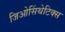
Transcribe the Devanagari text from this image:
जिओसिंथेटिक्स